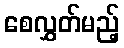
စေလွှတ်မည့်